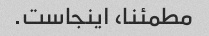
مطمئنا، اینجاست.